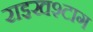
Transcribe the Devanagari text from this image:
राइखश्टाग